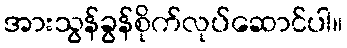
အားသွန်ခွန်စိုက်လုပ်ဆောင်ပါ။